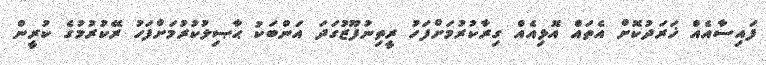
ފައިސާއެއް ޚަރަދުކޮށް އެތައް އޮޅިއެއް ގިރާކުރުމަށްފަހު ރީތިނުފޫޒުގަދަ އަންބަކު ޙާޞިލުކުރުމަށްފަހު ރޭކުރުމުގެ ކުރީން